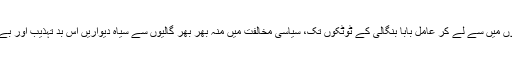
ناقابل نشر و اشاعت بیماریوں کے ساتھ فلاناں دواخانہ کے اشتہارات، محبوب آپ کے قدموں میں سے لے کر عامل بابا بنگالی کے ٹوٹکوں تک، سیاسی مخالفت میں منہ بھر بھر گالیوں سے سیاہ دیواریں اس بد تہذیب اور بے ہودہ معاشرے کی عکاس ہیں جس نے سڑک سے ایوان تک اپنے پنجے گاڑے ہوئے ہیں۔